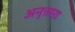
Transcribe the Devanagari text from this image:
अनुत्तारा